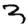
Digit: 3